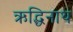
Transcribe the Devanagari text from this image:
ऋद्धिनाथ